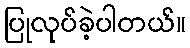
ပြုလုပ်ခဲ့ပါတယ်။